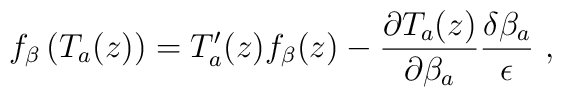
f_\beta \left( T_a(z)\right) =T'_a(z)f_\beta (z)-\frac{\partial T_a(z)}{\partial \beta _a}\frac{\delta \beta _a}{\epsilon }\ ,